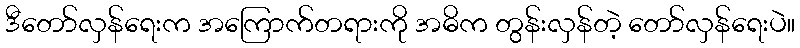
ဒီတော်လှန်ရေးက အကြောက်တရားကို အဓိက တွန်းလှန်တဲ့ တော်လှန်ရေးပဲ။